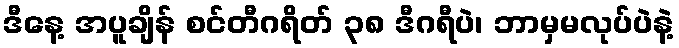
ဒီနေ့ အပူချိန် စင်တီဂရိတ် ၃၈ ဒီဂရီပဲ၊ ဘာမှမလုပ်ပဲနဲ့